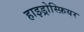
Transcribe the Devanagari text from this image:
हाइड्रोस्फ़ियर